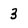
Character: 3